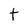
Character: t